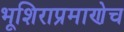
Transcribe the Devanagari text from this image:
भूशिराप्रमाणेच